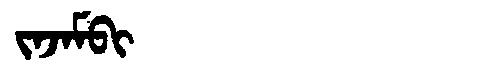
Manchu: ᠵᠠᠵᠠᠮᠪᡳ
Romanization: JAJAMBI